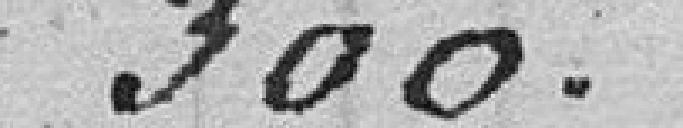
300.